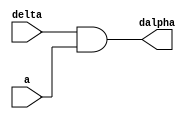



module NN_GRADCALC(delta,a,dalpha);

input delta,a;

output dalpha;

and a0(dalpha,delta,a);

endmodule